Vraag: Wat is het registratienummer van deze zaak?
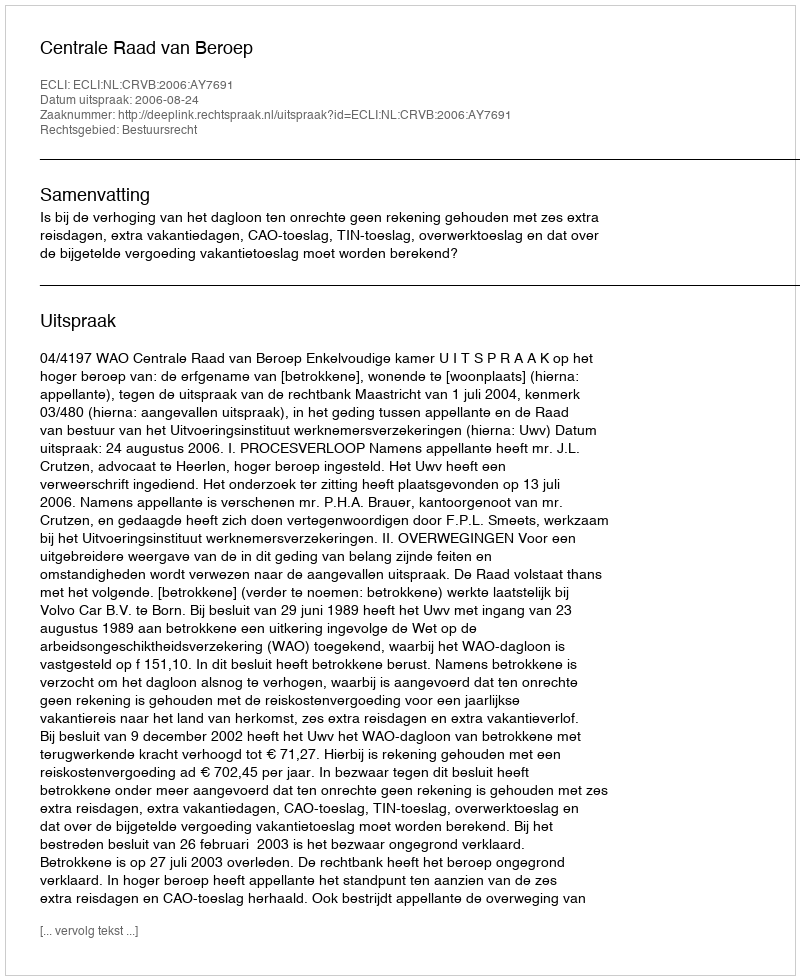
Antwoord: http://deeplink.rechtspraak.nl/uitspraak?id=ECLI:NL:CRVB:2006:AY7691